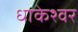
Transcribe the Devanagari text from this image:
धाकेश्वर